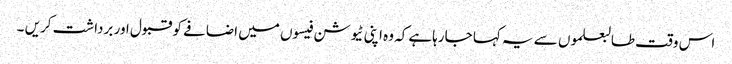
اس وقت طالبعلموں سے یہ کہا جارہاہے کہ وہ اپنی ٹیوشن فیسوں میں اضافے کو قبول اور برداشت کریں ۔